Annual report on the Civil Veterinary Department, Burma (including the Insein Veterinary School) - 1910-1922
Year: 1910
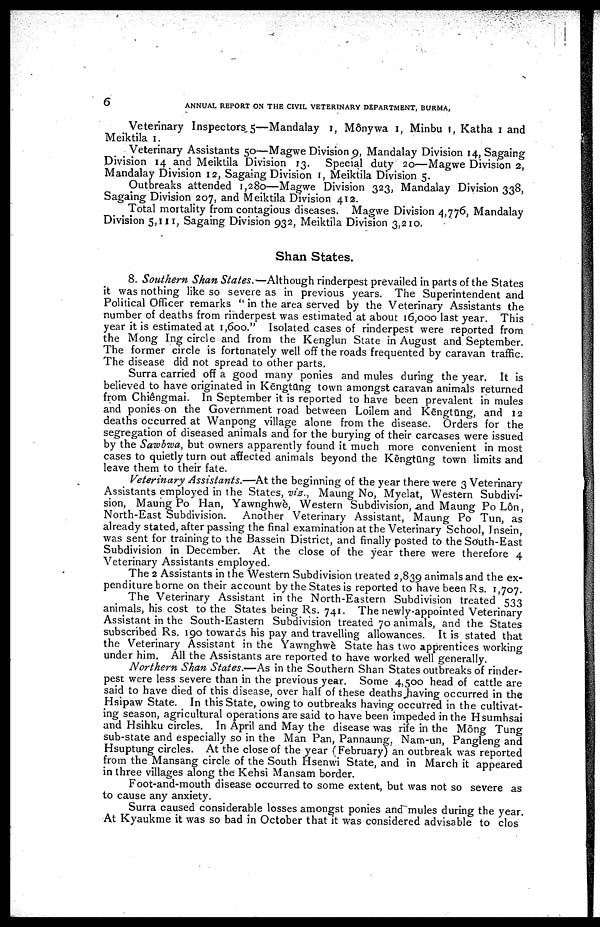
6
ANNUAL REPORT ON THE CIVIL VETERINARY DEPARTMENT, BURMA,
Veterinary Inspectors.5—Mandalay 1, Mônywa 1, Minbu !, Katha 1 and
Meiktila 1.
Veterinary Assistants 50—Magwe Division 9, Mandalay Division 14, Sagaing
Division 14 and Meiktila Division 13. Special duty 20-—Magwe Division 2,
Mandalay Division 12, Sagaing Division i, Meiktila Division 5.
Outbreaks attended 1,280—Magwe Division 323, Mandalay Division 338,
Sagaing Division 207, and Meiktila Division 412.
Total mortality from contagious diseases. Magwe Division 4,776, Mandalay
Division 5,111, Sagaing Division 932, Meiktila Division 3,210.
Shan States.
8. Southern Shan States.—Although rinderpest prevailed in parts of the States
it was nothing like so severe as in previous years. The Superintendent and
Political Officer remarks u in the area served by the Veterinary Assistants the
number of deaths from rinderpest was estimated at about 16,000 last year. This
year it is estimated at 1,600." Isolated cases of rinderpest were reported from
the Mong Ing circle and from the Kenglun State in August and September.
The former circle is fortunately well off the roads frequented by caravan traffic.
The disease did not spread to other parts.
Surra carried off a good many ponies and mules during the year. It is
believed to have originated in KēngtQng town amongst caravan animals returned
from Chiêngmai. In September it is reported to have been prevalent in mules
and ponies on the Government road between Loilem and Kēngtūng, and 12
deaths occurred at Wanpong village alone from the disease. Orders for the
segregation of diseased animals and for the burying of their carcases were issued
by the Sawbwa, but owners apparently found it much more convenient in most
cases to quietly turn out affected animals beyond the Kēngtūng town limits and
leave them to their fate.
Veterinary Assistants.—At the beginning of the year there were 3 Veterinary
Assistants employed in the States, viz., Maung No, Myelat, Western Subdivi
sion, Maung Po Han, Yawnghwè, Western Subdivision, and Maung PoLôn,
North-East Subdivision.
Another Veterinary Assistant, Maung Po Tun, as
already stated, after passing the final examination at the Veterinary School, Insein,
was sent for training to the Bassein District, and finally posted to the South-East
Subdivision in December. At the close of the year there were therefore 4
Veterinary Assistants employed.
The 2 Assistants in the Western Subdivision treated 2,839 animals and the ex-
penditure borne on their account by the States is reported to have been Rs. 1,707.
The Veterinary Assistant in the North-Eastern Subdivision treated 533
animals, his cost to the States being Rs. 741. The newly-appointed Veterinary
Assistant in the South-Eastern Subdivision treated 70 animals, and the States
subscribed Rs. 190 towards his pay and travelling allowances. It is stated that
the Veterinary Assistant in the Yawnghwè State has two apprentices working
under him. All the Assistants are reported to have worked well generally.
Northern Shan States.—As in the Southern Shan States outbreaks of rinder-
pest were less severe than in the previous year. Some 4,500 head of cattle are
said to have died of this disease, over half of these deaths having occurred in the
Hsipaw State. In this State, owing to outbreaks having occurred in the cultivat-
ing season, agricultural operations are said to have been impeded in the Hsumhsai
and Hsihku circles. In April and May the disease was rife in the Möng Tung
sub-state and especially so in the Man Pan, Pannaung, Nam-un, Pangleng and
Hsuptung circles. At the close of the year (February) an outbreak was reported
from the Mansang circle of the South Hsenwi State, and in March it appeared
in three villages along the Kehsi Mansam border.
Foot-and-mouth disease occurred to some extent, but was not so severe as
to cause any anxiety.
Surra caused considerable losses amongst ponies and mules during the year.
At Kyaukme it was so bad in October that it was considered advisable to clos